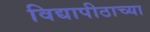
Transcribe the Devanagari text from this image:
विद्यापीठाच्‍या